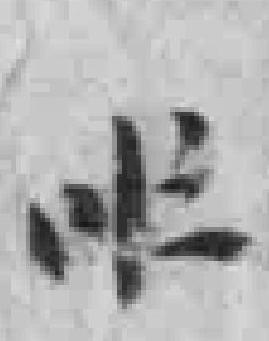
*